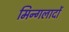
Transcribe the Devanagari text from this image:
मिन्गलादों